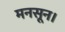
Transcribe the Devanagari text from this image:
मनसून।